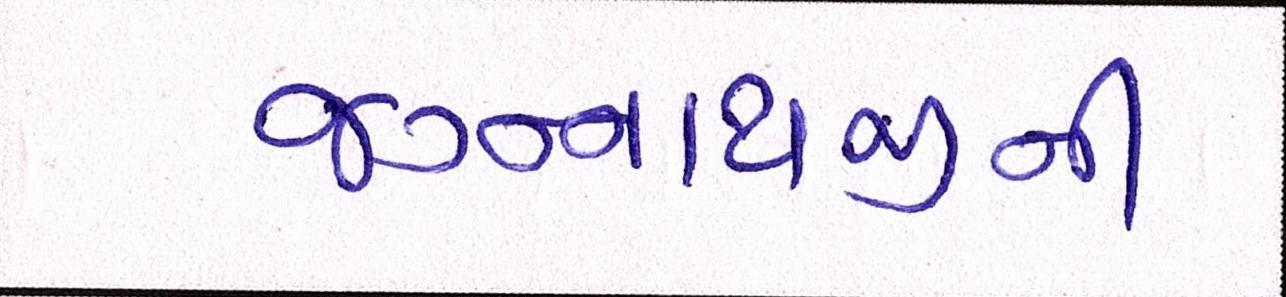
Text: જગન્નાથજીની